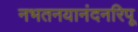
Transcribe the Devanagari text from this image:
नभतनयानंदनरिपू